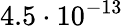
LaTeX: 4.5\cdot 10^{-13}